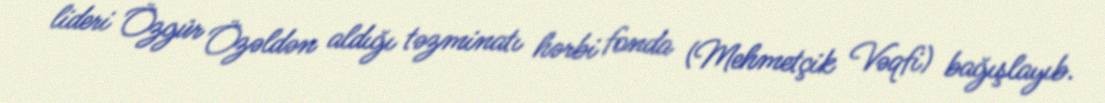
lideri Özgür Özəldən aldığı təzminatı hərbi fonda (Mehmetçik Vəqfi) bağışlayıb.